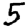
Digit: 5